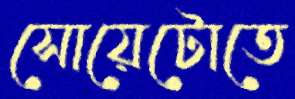
সোয়েটোতে